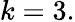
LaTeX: k=3.